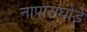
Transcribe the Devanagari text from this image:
नापासघोडे